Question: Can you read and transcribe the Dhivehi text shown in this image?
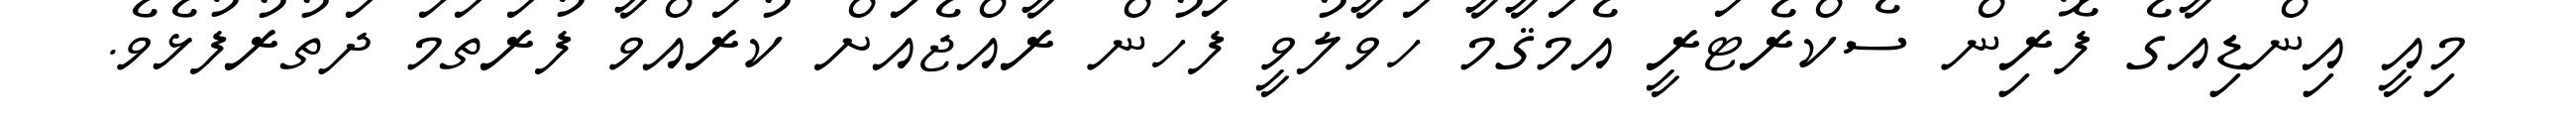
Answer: މިއީ އިންޑިއާގެ ފޮރިން ސެކްރެޓަރީ އެމަޤާމާ ހަވާލުވީ ފަހުން ރާއްޖެއަަށް ކުރައްވާ ފުރަތަމަ ދަތުރުފުޅެވެ.